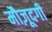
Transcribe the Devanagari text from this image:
मौज़ूदगी